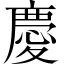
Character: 慶